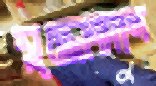
যুদ্ধোন্মাদ